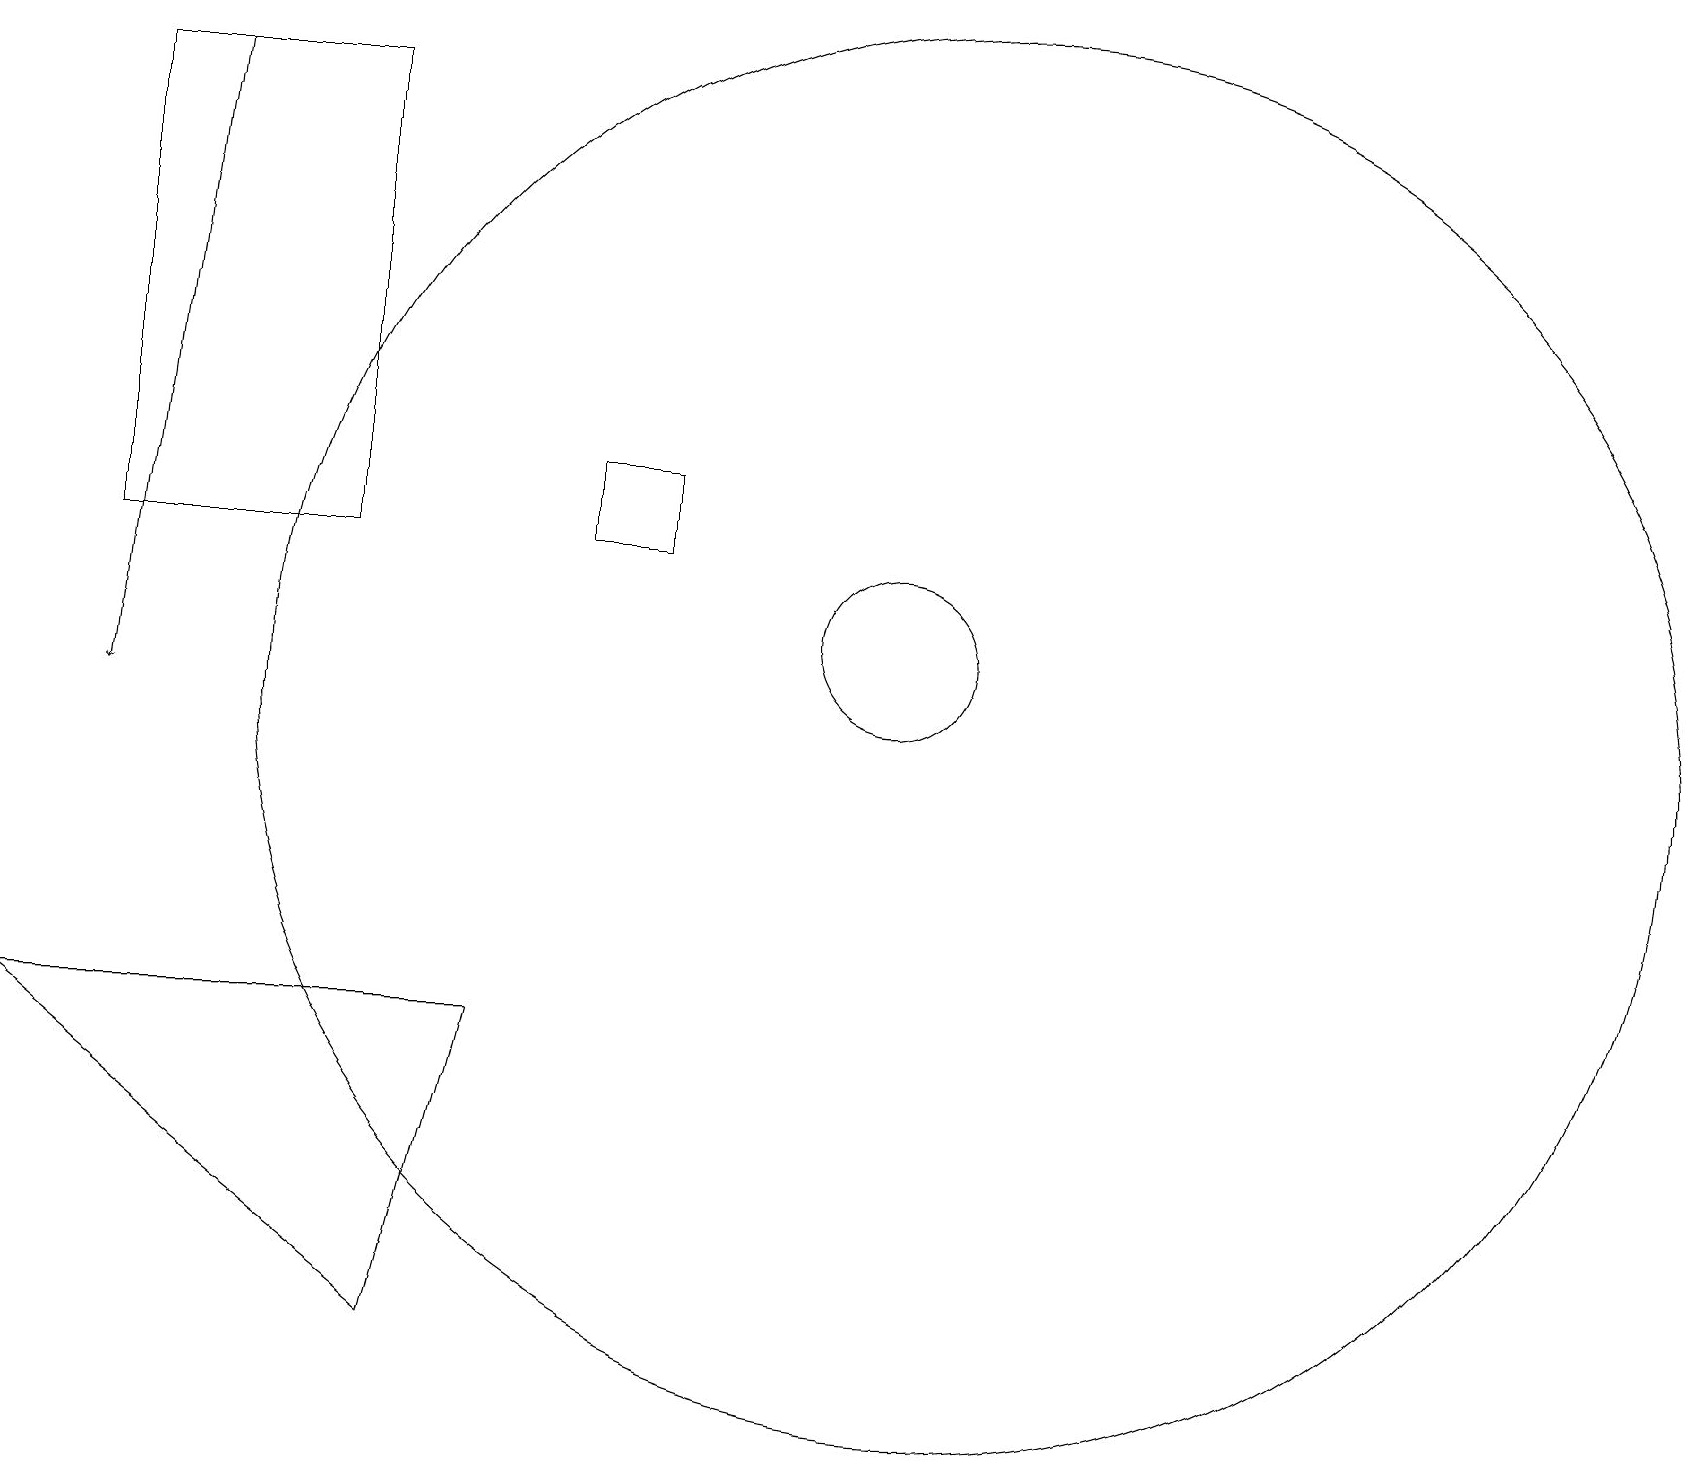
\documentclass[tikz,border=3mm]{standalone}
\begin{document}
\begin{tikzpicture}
\draw (7,14) rectangle (8,13);
\draw (4,19) rectangle (1,13);
\draw (11,12) circle (1);
\draw (12,11) circle (9);
\draw (0,7) -- (5,3) -- (6,7) -- cycle;
\draw[->] (2,19) -- (1,11);
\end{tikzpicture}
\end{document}